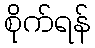
စိုက်ရန်